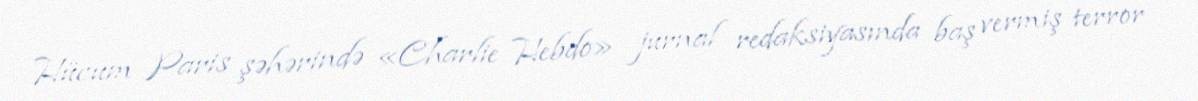
Hücum Paris şəhərində «Charlie Hebdo» jurnal redaksiyasında baş vermiş terror